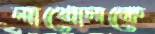
নাখোনকে